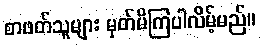
စာဖတ်သူများ မှတ်မိကြပါလိမ့်မည်။